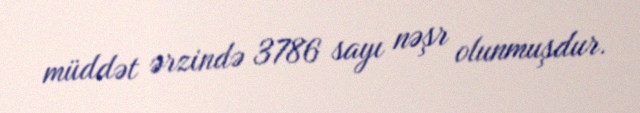
müddət ərzində 3786 sayı nəşr olunmuşdur.